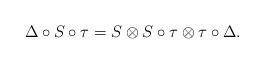
LaTeX: \begin{align*}\Delta \circ S \circ \tau = S \otimes S \circ \tau \otimes \tau \circ \Delta.\end{align*}